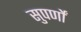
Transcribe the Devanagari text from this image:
सुपर्णों